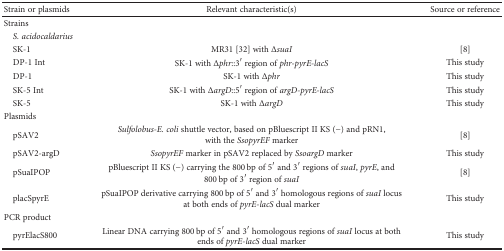
<table><thead><tr><td><b>Strain or plasmids</b></td><td><b>Relevant characteristic(s)</b></td><td><b>Source or reference</b></td></tr></thead><tbody><tr><td>Strains</td><td></td><td></td></tr><tr><td> <i>S. acidocaldarius</i></td><td></td><td></td></tr><tr><td> SK-1</td><td>MR31 [32] with Δ<i>suaI</i></td><td>[8]</td></tr><tr><td> DP-1 Int</td><td>SK-1 with Δ<i>phr</i>::3′ region of <i>phr-pyrE-lacS</i></td><td>This study</td></tr><tr><td> DP-1</td><td>SK-1 with Δ<i>phr</i></td><td>This study</td></tr><tr><td> SK-5 Int</td><td>SK-1 with Δ<i>argD</i>::5′ region of <i>argD-pyrE-lacS</i></td><td>This study</td></tr><tr><td> SK-5</td><td>SK-1 with Δ<i>argD</i></td><td>This study</td></tr><tr><td>Plasmids</td><td></td><td></td></tr><tr><td> pSAV2</td><td><i>Sulfolobus-E. coli</i> shuttle vector, based on pBluescript II KS (−) and pRN1, with the <i>SsopyrEF</i> marker</td><td>[8]</td></tr><tr><td> pSAV2-argD</td><td><i>SsopyrEF</i> marker in pSAV2 replaced by <i>SsoargD</i> marker</td><td>This study</td></tr><tr><td> pSuaIPOP</td><td>pBluescript II KS (−) carrying the 800 bp of 5′ and 3′ regions of <i>suaI</i>, <i>pyrE</i>, and 800 bp of 3′ region of <i>suaI</i></td><td>[8]</td></tr><tr><td> placSpyrE</td><td>pSuaIPOP derivative carrying 800 bp of 5′ and 3′ homologous regions of <i>suaI</i> locus at both ends of <i>pyrE</i>-<i>lacS</i> dual marker</td><td>This study</td></tr><tr><td>PCR product</td><td></td><td></td></tr><tr><td> pyrElacS800</td><td>Linear DNA carrying 800 bp of 5′ and 3′ homologous regions of <i>suaI</i> locus at both ends of <i>pyrE</i>-<i>lacS</i> dual marker</td><td>This study</td></tr></tbody></table>